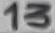
Text: 13